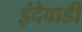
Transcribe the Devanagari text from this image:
इंदेवाडी